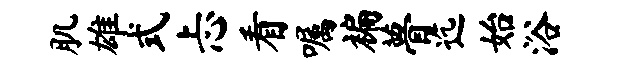
肌雄式忐看嘱褊瞢迄始浴